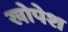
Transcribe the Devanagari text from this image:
खोपेश